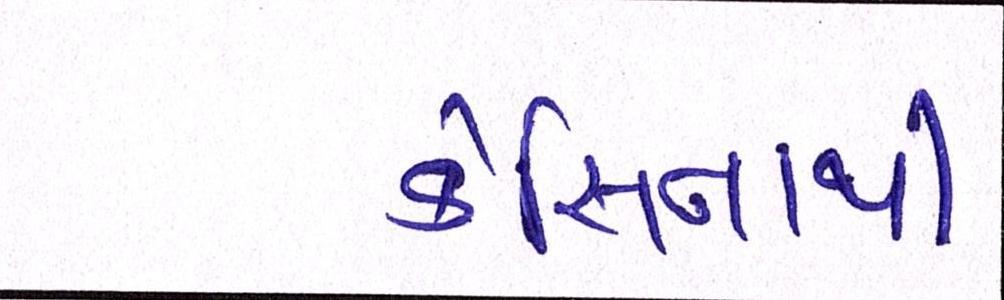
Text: કેસિનોથી